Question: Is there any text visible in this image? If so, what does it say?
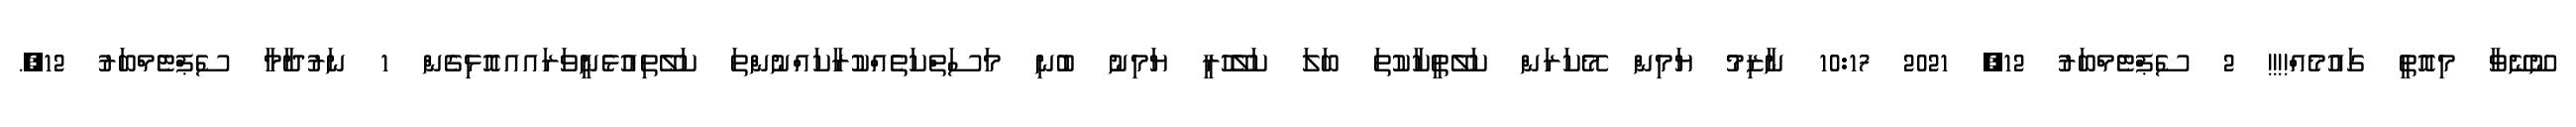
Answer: ނޫނޭވާ މިއޮތީ ގައުމެއް!!!! 2 ސެޕްޓެމްބަރު 12, 2021 10:17 ނާޒިމު ޔަމިން މޭކަރަން ކަލޭތީކާކުތަ ބަލަ ކަލެޭހުރީ ޔަމިނު ބުނި މަސަތްކަތެއްކުރާކައްނުންތަ ކަލޭތިއުޅެނީވަރައއއޮޅިގެން 1 ނަރުދާމާ ސެޕްޓެމްބަރު 12,.